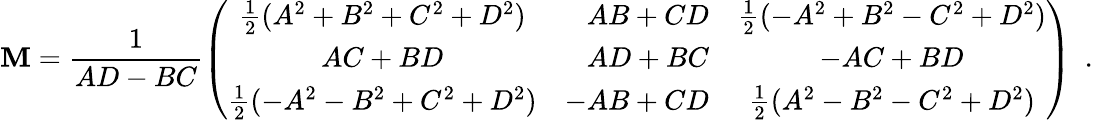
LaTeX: {\mathbf M}=\frac{1}{AD-BC}\left(\begin{array}{crc}{{\frac{1}{2}({A^{2}}+{B^{2}}+{C^{2}}+{D^{2}})}}&{{AB+CD}}&{{\frac{1}{2}(-{A^{2}}+{B^{2}}-{C^{2}}+{D^{2}})}}\\ {{AC+BD}}&{{AD+BC}}&{{-AC+BD}}\\ {{\frac{1}{2}(-{A^{2}}-{B^{2}}+{C^{2}}+{D^{2}})}}&{{-AB+CD}}&{{\frac{1}{2}({A^{2}}-{B^{2}}-{C^{2}}+{D^{2}})}}\end{array}\right)\, \, \, .